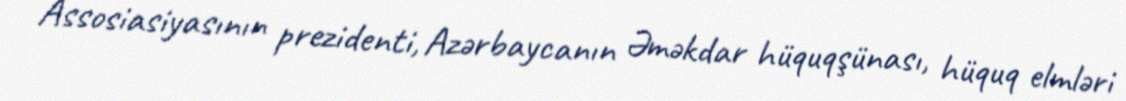
Assosiasiyasının prezidenti, Azərbaycanın Əməkdar hüquqşünası, hüquq elmləri